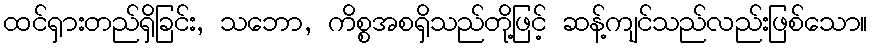
ထင်ရှားတည်ရှိခြင်း, သဘော, ကိစ္စအစရှိသည်တို့ဖြင့် ဆန့်ကျင်သည်လည်းဖြစ်သော။